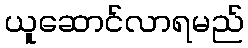
ယူဆောင်လာရမည်